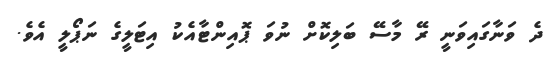
ދެ ވަނާގައިވަނީ ރޭ މާސޭ ބަލިކޮށް ނުވަ ޕޮއިންޓާއެކު އިޓަލީގެ ނަޕޯލީ އެވެ.